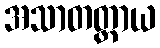
အသာတတ္တာယ